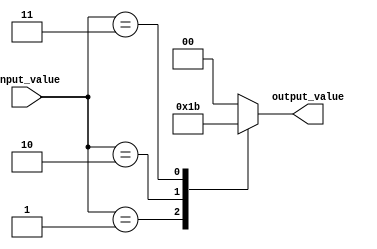
module case_statement(
    input [3:0] input_value,
    output reg [1:0] output_value
);

always @(*)
begin
    case(input_value)
        4'b0000: output_value = 2'b00;
        4'b0001: output_value = 2'b01;
        4'b0010: output_value = 2'b10;
        4'b0011: output_value = 2'b11;
        default: output_value = 2'b00;
    endcase
end

endmodule